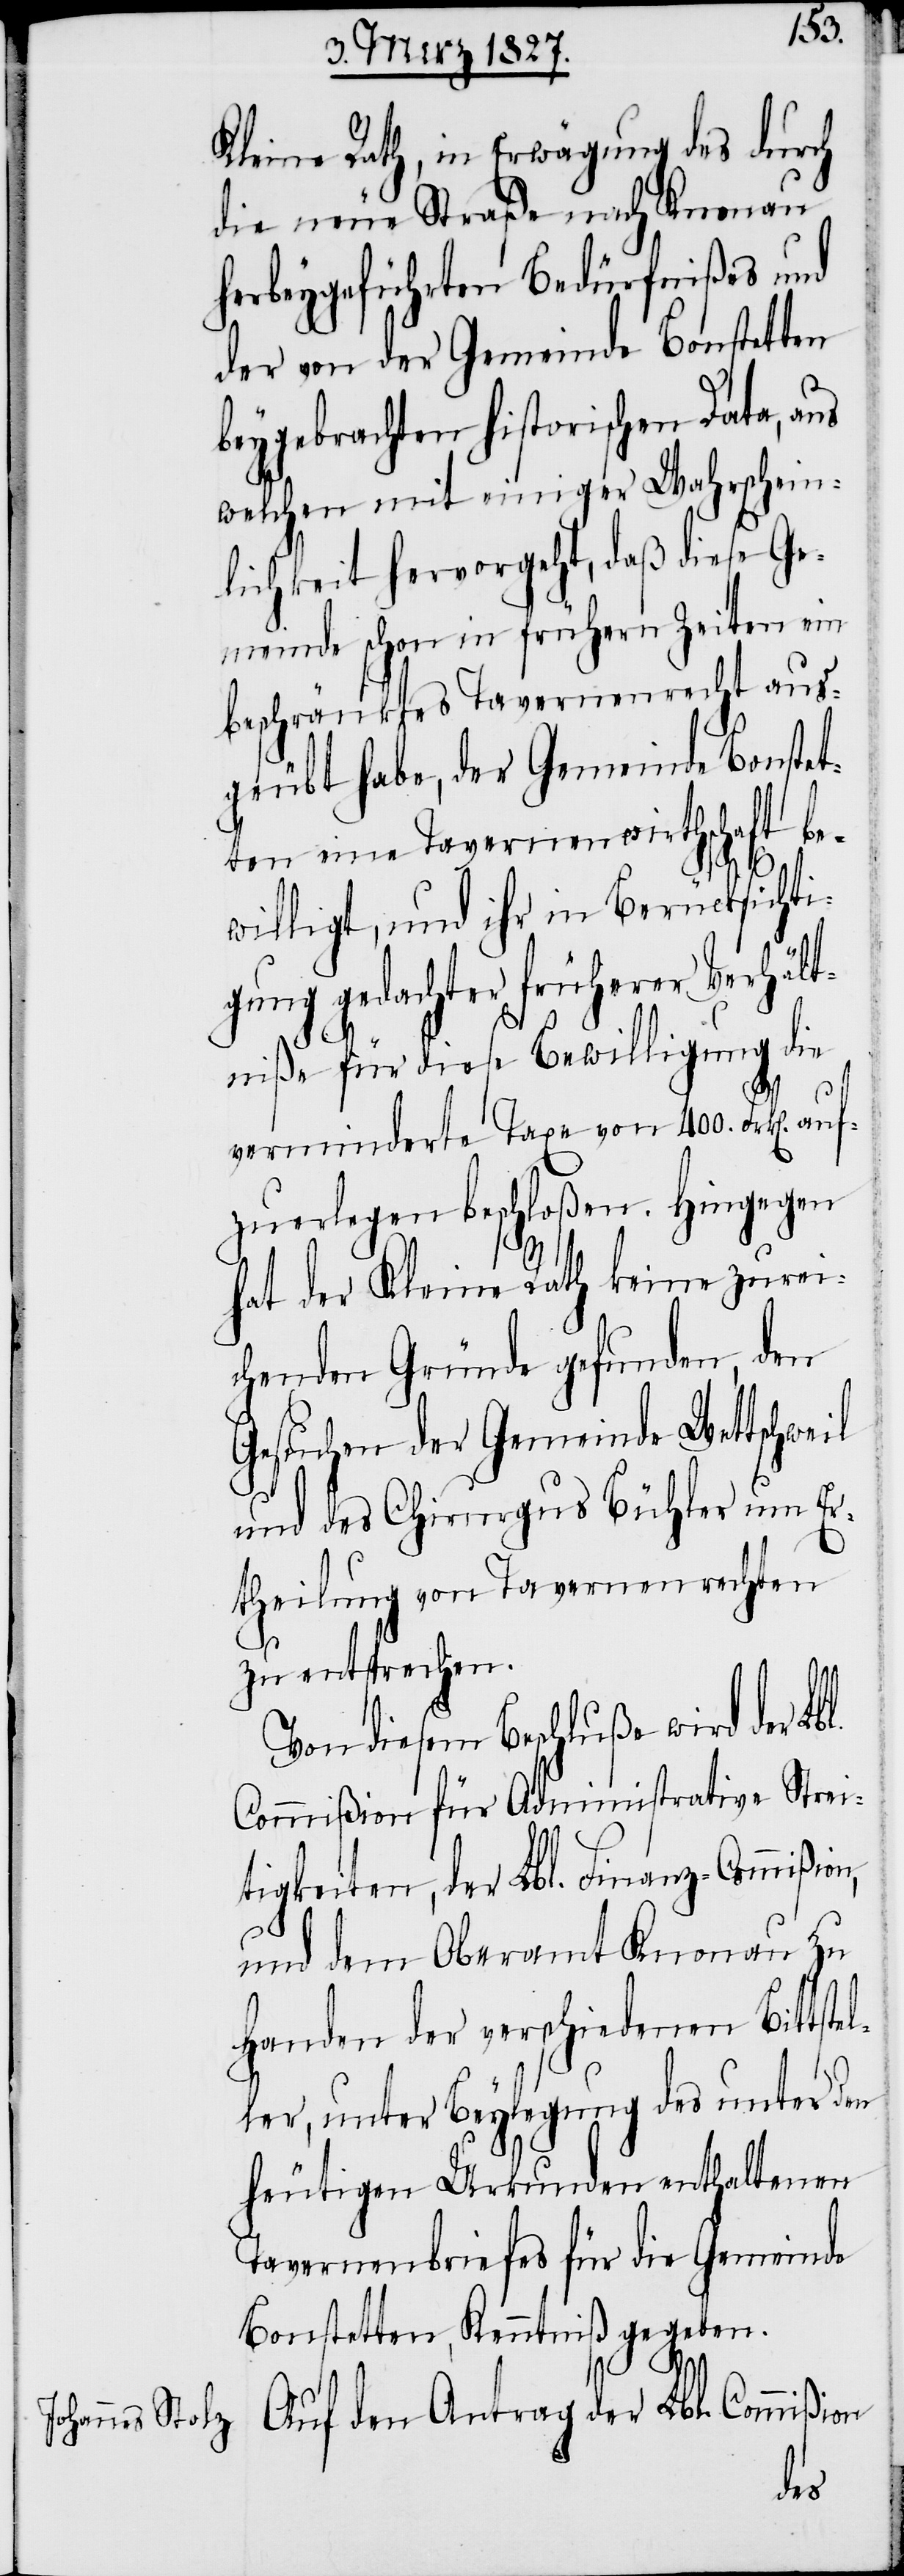
Kleine Rath, in Erwägung des durch
die neue Straße nach Knonau
herbeygeführten Bedürfnißes und
der von der Gemeinde Bonstetten
beygebrachten historischen Data, aus
welchen mit einiger Wahrschein¬
lichkeit hervorgeht, daß diese Ge¬
meinde schon in frühern Zeiten ein
beschränktes Tavernenrecht aus¬
geübt habe, der Gemeinde Bonstet¬
ten eine Tavernenwirthschaft be¬
willigt, und ihr in Berücksichti¬
gung gedachter früherer Verhält¬
l¬
niße für diese Bewilligung die
verminderte Taxe von 400. Frk[en]. a¬
ufzuerlegen beschloßen. Hingegen
hat der Kleine Rath keine zurei¬
chenden Gründe gefunden, den
Gesuchen der Gemeinde Wettschweil
und des Chirurgus Bühler um Er¬
theilung von Tavernenrechten
zu entsprechen.
Von diesem Beschluße wird der Lb¬
Commißion für Administrative Strei¬
tigkeiten, der Lbl. Finanz-Commißion,
und dem Oberamt Knonau zu
Handen der verschiedenen Bittste¬
ler, unter Beylegung des unter den
heutigen Urkunden enthaltenen
Tavernenbriefes für die Gemeinde
Bonstetten, Kenntniß gegeben.
Auf den Antrag der Lbl. Commißion